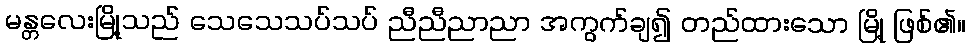
မန္တလေးမြို့သည် သေသေသပ်သပ် ညီညီညာညာ အကွက်ချ၍ တည်ထားသော မြို့ ဖြစ်၏။